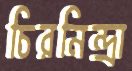
চিরনিন্দ্রা